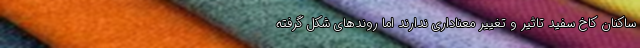
ساکنان کاخ سفید تاثیر و تغییر معناداری ندارند اما روندهای شکل گرفته